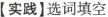
【实践】选词填空